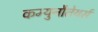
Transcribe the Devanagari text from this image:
कम्युनौतेयर्स